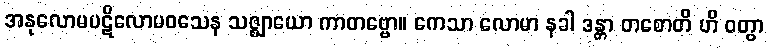
အနုလောမပဋိလောမဝသေန သဇ္ဈာယော ကာတဗ္ဗော။ ကေသာ လောမာ နခါ ဒန္တာ တစောတိ ဟိ ဝတွာ